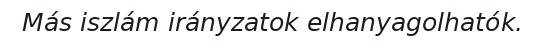
Más iszlám irányzatok elhanyagolhatók.